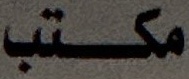
مكتب